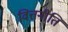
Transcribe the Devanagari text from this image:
वित्तनीति